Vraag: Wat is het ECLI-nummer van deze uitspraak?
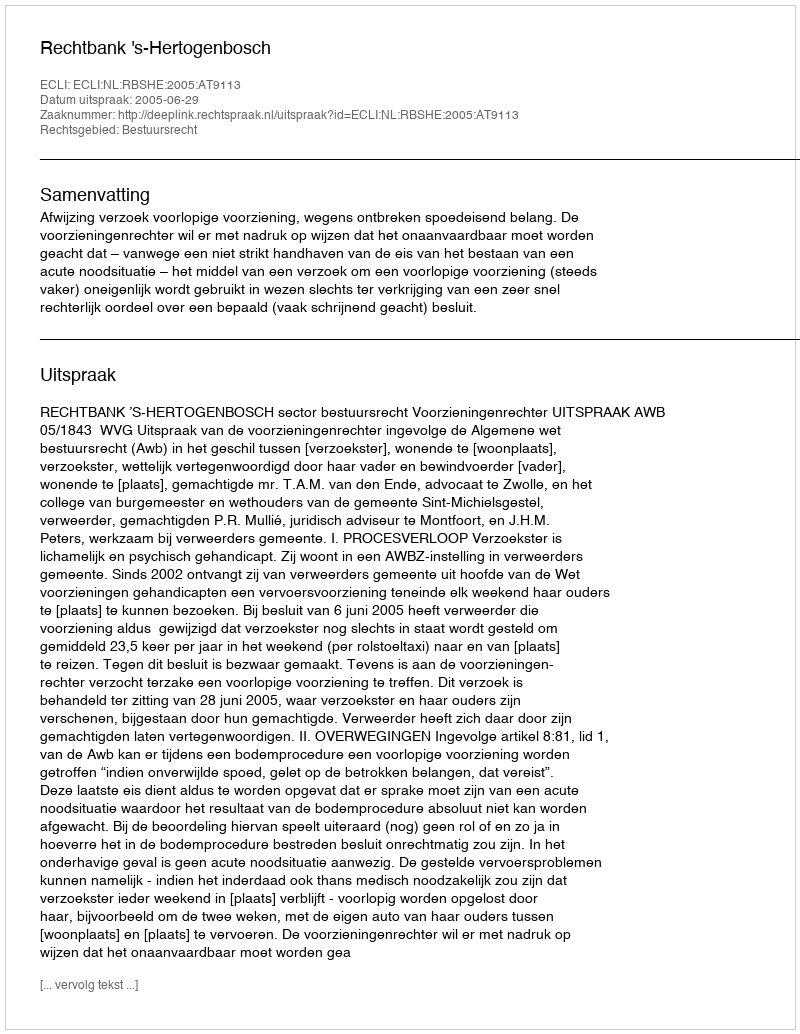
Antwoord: ECLI:NL:RBSHE:2005:AT9113